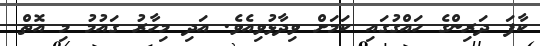
ކާފަ ދަރިންގެ ހައްގުގައި ކަމަށް ވިދާޅުވިއެވެ. އަދި މިހާރު ގައުމު މި އޮތް